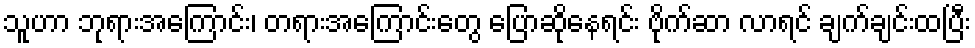
သူဟာ ဘုရားအကြောင်း၊ တရားအကြောင်းတွေ ပြောဆိုနေရင်း ဗိုက်ဆာ လာရင် ချက်ချင်းထပြီး